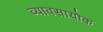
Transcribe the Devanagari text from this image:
व्यावसायोक